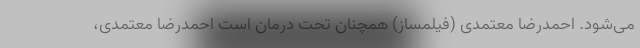
می‌شود. احمدرضا معتمدی (فیلمساز) همچنان تحت درمان است احمدرضا معتمدی،